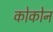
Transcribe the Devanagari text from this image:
कोकोन